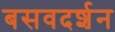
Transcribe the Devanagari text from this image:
बसवदर्शन